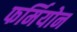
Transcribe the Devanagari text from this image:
फर्मियोन